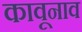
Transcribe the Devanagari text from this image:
कावूनाव